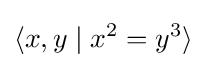
\langle x,y\mid x^{2}=y^{3}\rangle